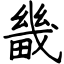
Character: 畿